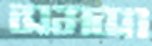
সমসা